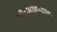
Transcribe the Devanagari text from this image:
जी॰आइ॰एस॰